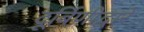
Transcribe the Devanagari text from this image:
दूर्बिणीद्वारे